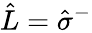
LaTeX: \hat{L}=\hat{\sigma}^{-}